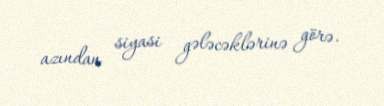
azından siyasi gələcəklərinə görə.